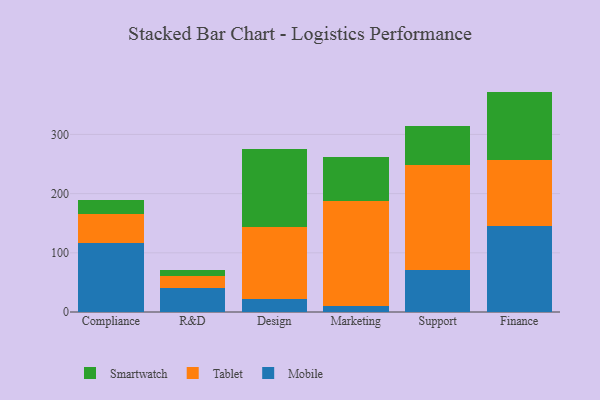
{"axis": {"x": "Department", "y": "Tickets Resolved"}, "legend": ["Mobile", "Smartwatch", "Tablet"], "data": [{"x": "Compliance", "y": 116.0, "type": "Mobile"}, {"x": "Compliance", "y": 49.0, "type": "Tablet"}, {"x": "Compliance", "y": 23.6, "type": "Smartwatch"}, {"x": "R&D", "y": 40.4, "type": "Mobile"}, {"x": "R&D", "y": 20.0, "type": "Tablet"}, {"x": "R&D", "y": 10.2, "type": "Smartwatch"}, {"x": "Design", "y": 22.6, "type": "Mobile"}, {"x": "Design", "y": 121.8, "type": "Tablet"}, {"x": "Design", "y": 130.9, "type": "Smartwatch"}, {"x": "Marketing", "y": 10.7, "type": "Mobile"}, {"x": "Marketing", "y": 177.1, "type": "Tablet"}, {"x": "Marketing", "y": 74.8, "type": "Smartwatch"}, {"x": "Support", "y": 70.6, "type": "Mobile"}, {"x": "Support", "y": 177.0, "type": "Tablet"}, {"x": "Support", "y": 67.0, "type": "Smartwatch"}, {"x": "Finance", "y": 144.9, "type": "Mobile"}, {"x": "Finance", "y": 112.0, "type": "Tablet"}, {"x": "Finance", "y": 115.5, "type": "Smartwatch"}]}